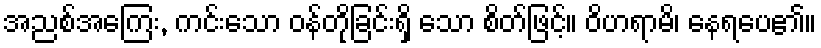
အညစ်အကြေး, ကင်းသော ဝန်တိုခြင်းရှိ သော စိတ်ဖြင့်။ ဝိဟရာမိ၊ နေရပေ၏။